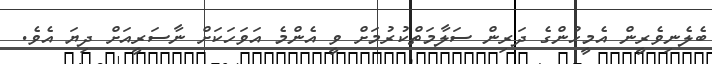
ބެލެނިވެރީން އެމީހުންގެ ދަރިން ސަލާމަތްކުރުމަށް ވީ އެންމެ އަވަހަކަށް ނާސަރީއަށް ދިޔަ އެވެ.